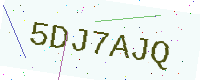
Text: 5DJ7AJQ